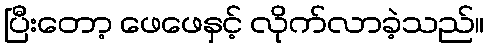
ပြီးတော့ ဖေဖေနှင့် လိုက်လာခဲ့သည်။